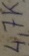
Text: 47KΩ